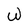
Character: W